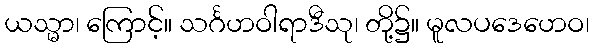
ယသ္မာ၊ ကြောင့်။ သင်္ဂဟဝါရာဒီသု၊ တို့၌။ မူလပဒေဟေဝ၊